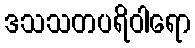
ဒသသတပရိဝါရော